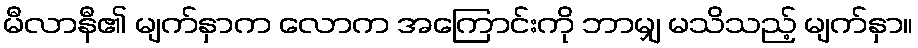
မီလာနီ၏ မျက်နှာက လောက အကြောင်းကို ဘာမျှ မသိသည့် မျက်နှာ။